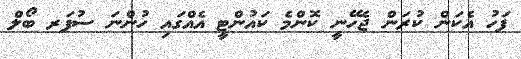
ފަހު އެކަން ކުރަން ޖެހޭނީ ކޮންމެ ކައުންޓީ އެއްގައި ހުންނަ ސުޕަރ ބޯލް